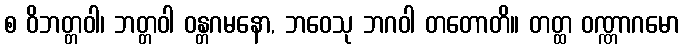
စ ဝိဘတ္တဝါ၊ ဘတ္တဝါ ဝန္တဂမနော, ဘဝေသု ဘဂဝါ တတောတိ။ တတ္ထ ဝဏ္ဏာဂမော